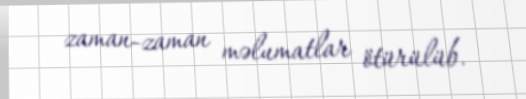
zaman-zaman məlumatlar ötürülüb.